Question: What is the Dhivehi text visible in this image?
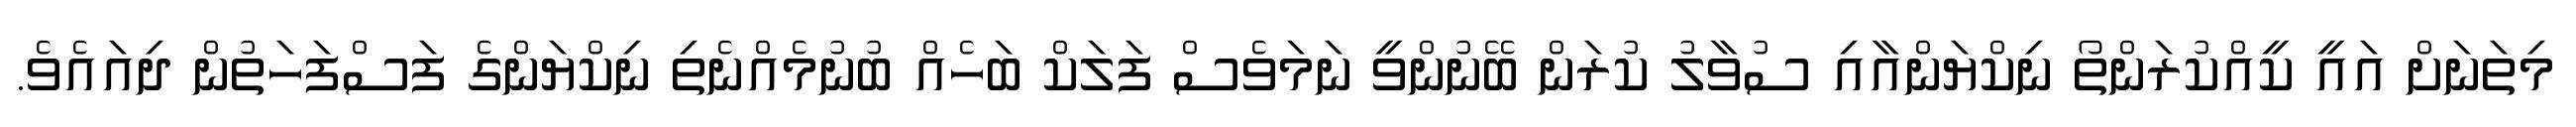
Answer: މިތަނަށް އައީ ކީއްކުރަންތޯ ނިކްޔަންއާއި ސުވާލު ކުރަން ބޭނުންވީ ނަމަވެސް ފަލަކް ބަހެއް ބުނުމެއްނެތި ނިކްޔަންގެ ފަސްފަހަތުން ދިއައެވެ.